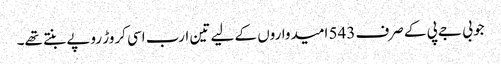
جو بی جے پی کے صرف 543 امیدواروں کے لیے تین ارب اسی کروڑ روپے بنتے تھے۔